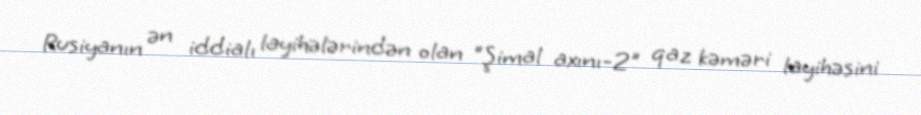
Rusiyanın ən iddialı layihələrindən olan "Şimal axını-2" qaz kəməri layihəsini